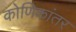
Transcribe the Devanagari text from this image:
कोणिकांतर